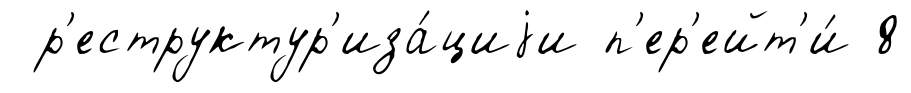
р'еструктур'иза́циjи п'ер'ейт'и́ 8